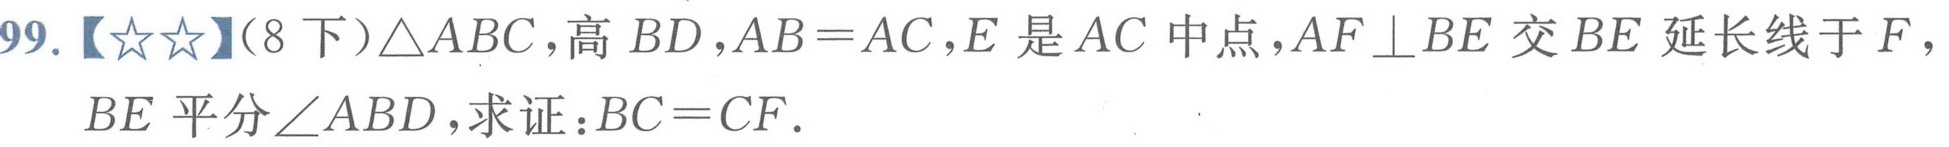
99.【★★】（8下）\(\triangle ABC\)，高\(BD\)，\(AB = AC\)，\(E\)是\(AC\)中点，\(AF\perp BE\)交\(BE\)延长线于\(F\)，\(BE\)平分\(\angle ABD\)，求证：\(BC = CF\).